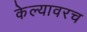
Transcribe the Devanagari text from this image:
केल्यावरच